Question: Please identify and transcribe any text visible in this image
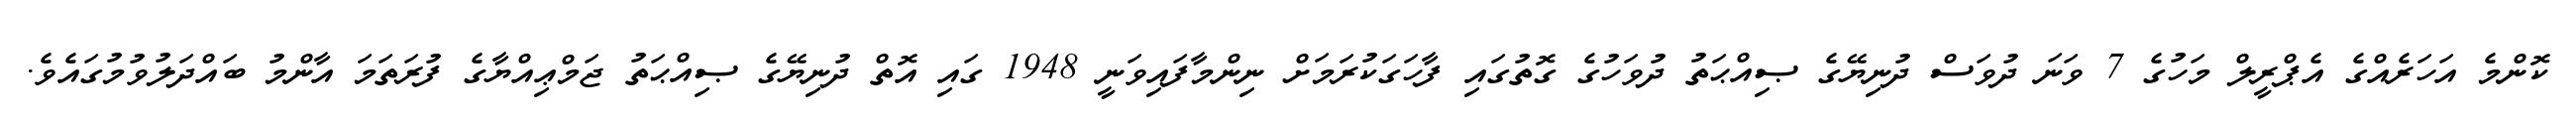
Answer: ކޮންމެ އަހަރެއްގެ އެޕްރީލް މަހުގެ 7 ވަނަ ދުވަސް ދުނިޔޭގެ ޞިއްޙަތު ދުވަހުގެ ގޮތުގައި ފާހަގަކުރަމަށް ނިންމާފައިވަނީ 1948 ގައި އޮތް ދުނިޔޭގެ ޞިއްޙަތު ޖަމްޢިއްޔާގެ ފުރަތަމަ އާންމު ބައްދަލުވުމުގައެވެ.